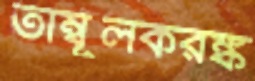
তাম্বূলকরঙ্ক